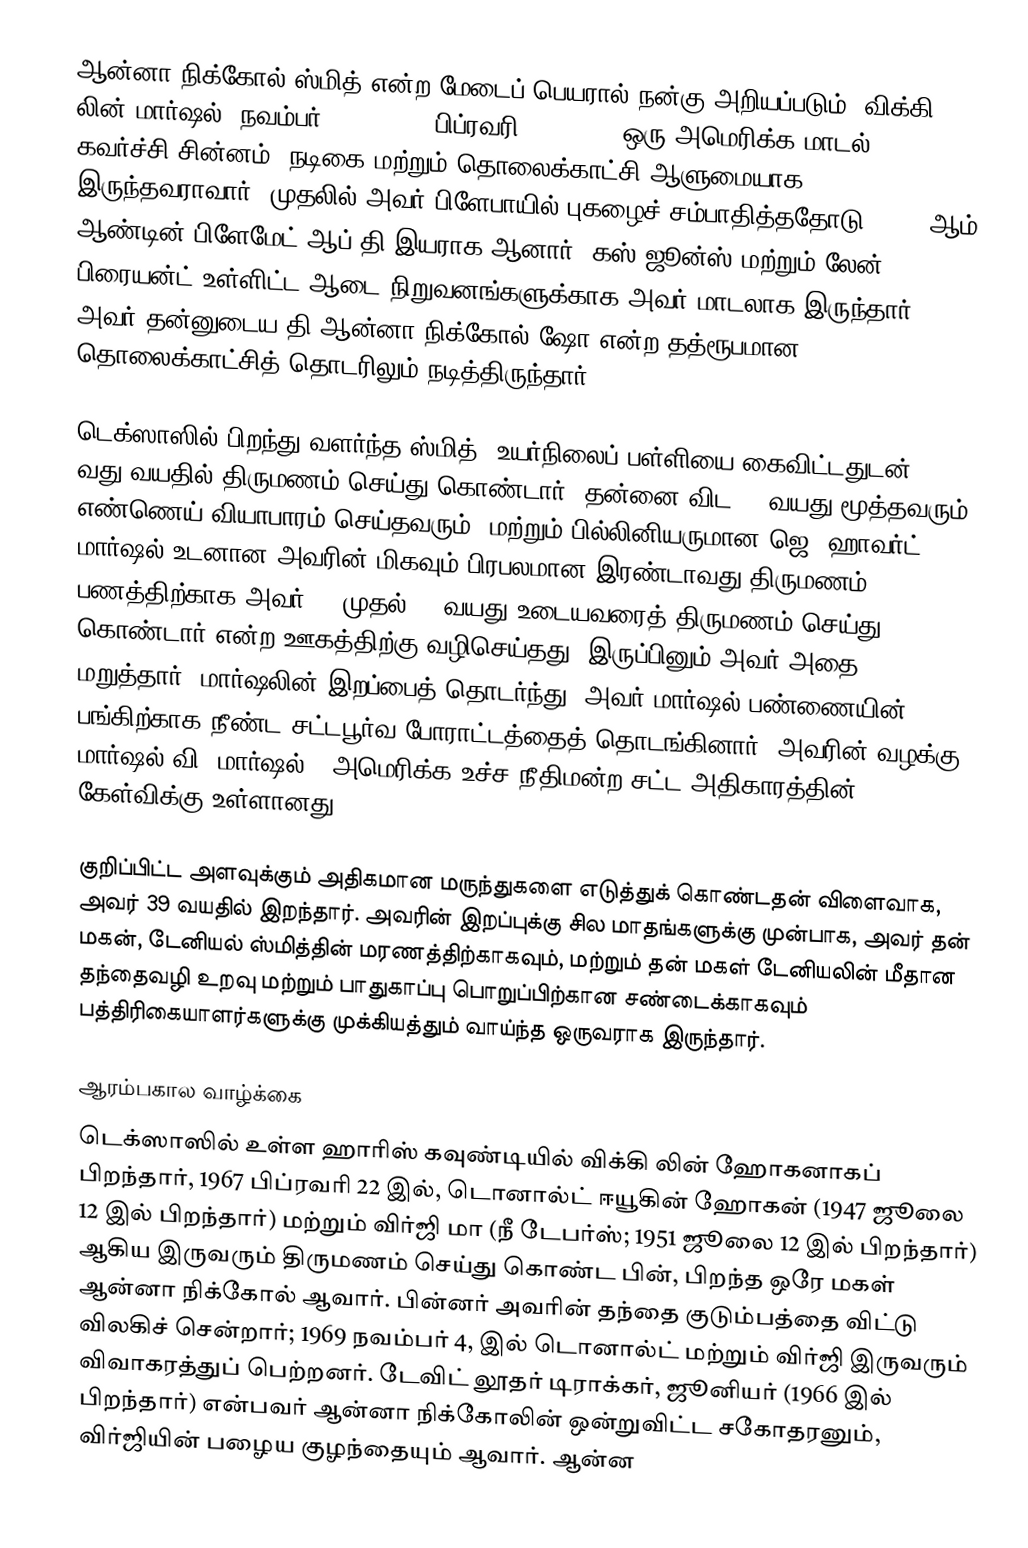
ஆன்னா நிக்கோல் ஸ்மித் என்ற மேடைப் பெயரால் நன்கு அறியப்படும், விக்கி லின் மார்ஷல் (நவம்பர் 28, 1967 – பிப்ரவரி 8, 2007), ஒரு அமெரிக்க மாடல், கவர்ச்சி சின்னம், நடிகை மற்றும் தொலைக்காட்சி ஆளுமையாக இருந்தவராவார். முதலில் அவர் பிளேபாயில் புகழைச் சம்பாதித்ததோடு, 1993 ஆம் ஆண்டின் பிளேமேட் ஆப் தி இயராக ஆனார். கஸ் ஜூன்ஸ் மற்றும் லேன் பிரையன்ட் உள்ளிட்ட ஆடை நிறுவனங்களுக்காக அவர் மாடலாக இருந்தார். அவர் தன்னுடைய தி ஆன்னா நிக்கோல் ஷோ என்ற தத்ரூபமான தொலைக்காட்சித் தொடரிலும் நடித்திருந்தார்.

டெக்ஸாஸில் பிறந்து வளர்ந்த ஸ்மித், உயர்நிலைப் பள்ளியை கைவிட்டதுடன், 17 வது வயதில் திருமணம் செய்து கொண்டார். தன்னை விட 63 வயது மூத்தவரும், எண்ணெய் வியாபாரம் செய்தவரும், மற்றும் பில்லினியருமான ஜெ. ஹாவர்ட் மார்ஷல் உடனான அவரின் மிகவும் பிரபலமான இரண்டாவது திருமணம், பணத்திற்காக அவர் 80 முதல் 89 வயது உடையவரைத் திருமணம் செய்து கொண்டார் என்ற ஊகத்திற்கு வழிசெய்தது, இருப்பினும் அவர் அதை மறுத்தார். மார்ஷலின் இறப்பைத் தொடர்ந்து, அவர் மார்ஷல் பண்ணையின் பங்கிற்காக நீண்ட சட்டபூர்வ போராட்டத்தைத் தொடங்கினார்; அவரின் வழக்கு மார்ஷல் வி. மார்ஷல் , அமெரிக்க உச்ச நீதிமன்ற சட்ட அதிகாரத்தின் கேள்விக்கு உள்ளானது.

குறிப்பிட்ட அளவுக்கும் அதிகமான மருந்துகளை எடுத்துக் கொண்டதன் விளைவாக, அவர் 39 வயதில் இறந்தார். அவரின் இறப்புக்கு சில மாதங்களுக்கு முன்பாக, அவர் தன் மகன், டேனியல் ஸ்மித்தின் மரணத்திற்காகவும், மற்றும் தன் மகள் டேனியலின் மீதான தந்தைவழி உறவு மற்றும் பாதுகாப்பு பொறுப்பிற்கான சண்டைக்காகவும் பத்திரிகையாளர்களுக்கு முக்கியத்தும் வாய்ந்த ஒருவராக இருந்தார்.

ஆரம்பகால வாழ்க்கை
டெக்ஸாஸில் உள்ள ஹாரிஸ் கவுண்டியில் விக்கி லின் ஹோகனாகப் பிறந்தார், 1967 பிப்ரவரி 22 இல், டொனால்ட் ஈயூகின் ஹோகன் (1947 ஜூலை 12 இல் பிறந்தார்) மற்றும் விர்ஜி மா (நீ டேபர்ஸ்; 1951 ஜூலை 12 இல் பிறந்தார்) ஆகிய இருவரும் திருமணம் செய்து கொண்ட பின், பிறந்த ஒரே மகள் ஆன்னா நிக்கோல் ஆவார். பின்னர் அவரின் தந்தை குடும்பத்தை விட்டு விலகிச் சென்றார்; 1969 நவம்பர் 4, இல் டொனால்ட் மற்றும் விர்ஜி இருவரும் விவாகரத்துப் பெற்றனர். டேவிட் லூதர் டிராக்கர், ஜூனியர் (1966 இல் பிறந்தார்) என்பவர் ஆன்னா நிக்கோலின் ஒன்றுவிட்ட சகோதரனும், விர்ஜியின் பழைய குழந்தையும் ஆவார். ஆன்ன